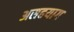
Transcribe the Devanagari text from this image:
असहयाग